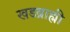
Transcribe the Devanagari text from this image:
खडब्राह्मी